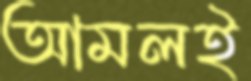
আমলই